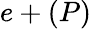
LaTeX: e+(P)